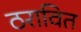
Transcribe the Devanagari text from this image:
ठरावित